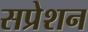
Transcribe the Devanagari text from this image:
सप्रेशन